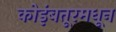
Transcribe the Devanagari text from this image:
कोइंबतूरमधून